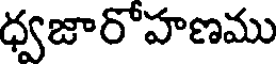
ధ్వజారోహణము